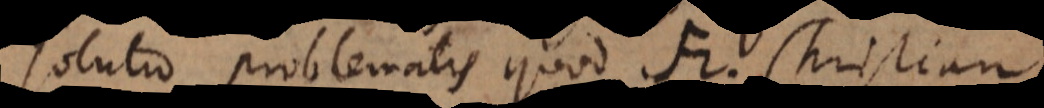
oblematis quod Fr. Christian